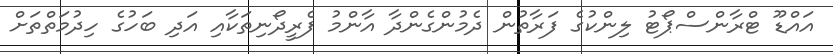
އައްޑޫ ޓްރާންސްޕޯޓު ލިންކުގެ ފަރާތުން ދެމުންގެންދާ އާންމު ފެރީދޯނިތަކާއި އަދި ބަހުގެ ހިދުމަތްތަށް